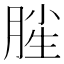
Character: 𣍺